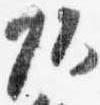
頭